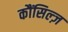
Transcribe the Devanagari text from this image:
कौंसिल्‍ज़